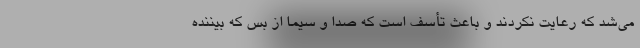
می‌شد که رعایت نکردند و باعث تأسف است که صدا و سیما از بس که بیننده